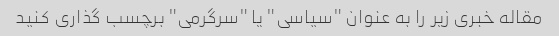
مقاله خبری زیر را به عنوان "سیاسی" یا "سرگرمی" برچسب گذاری کنید